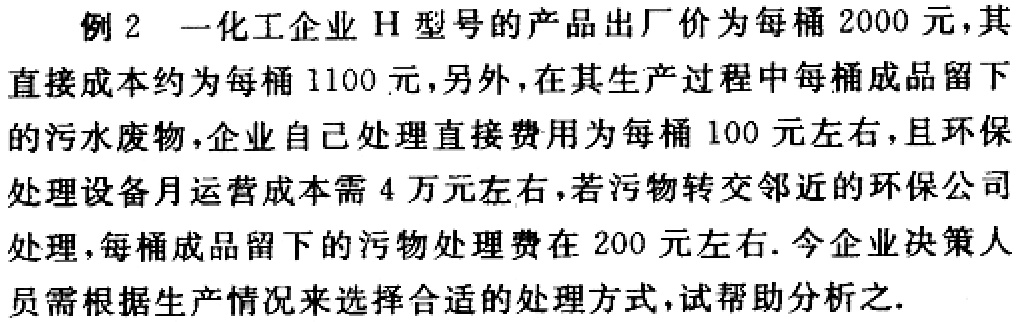
例 2 一化工企业 H 型号的产品出厂价为每桶 2000 元，其直接成本约为每桶 1100 元，另外，在其生产过程中每桶成品留下的污水废物，企业自己处理直接费用为每桶 100 元左右，且环保处理设备月运营成本需 4 万元左右，若污物转交邻近的环保公司处理，每桶成品留下的污物处理费在 200 元左右. 今企业决策人员需根据生产情况来选择合适的处理方式，试帮助分析之.